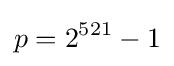
p=2^{521}-1